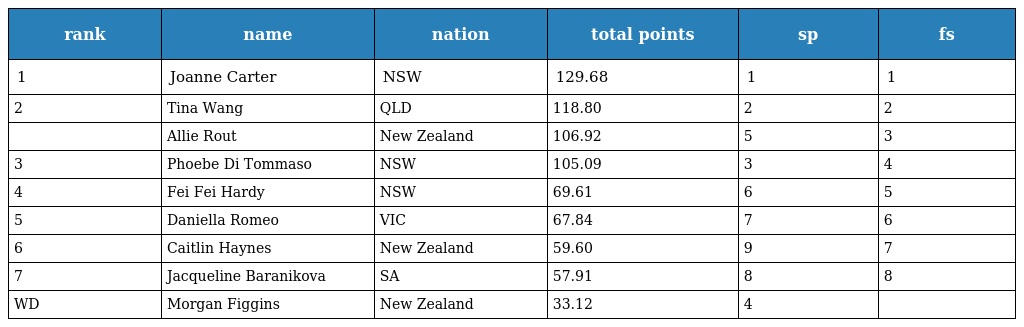
| rank | name | nation | total points | sp | fs |
 | --- | --- | --- | --- | --- | --- |
 | 1 | Joanne Carter | NSW | 129.68 | 1 | 1 |
 | 2 | Tina Wang | QLD | 118.80 | 2 | 2 |
 |  | Allie Rout | New Zealand | 106.92 | 5 | 3 |
 | 3 | Phoebe Di Tommaso | NSW | 105.09 | 3 | 4 |
 | 4 | Fei Fei Hardy | NSW | 69.61 | 6 | 5 |
 | 5 | Daniella Romeo | VIC | 67.84 | 7 | 6 |
 | 6 | Caitlin Haynes | New Zealand | 59.60 | 9 | 7 |
 | 7 | Jacqueline Baranikova | SA | 57.91 | 8 | 8 |
 | WD | Morgan Figgins | New Zealand | 33.12 | 4 |  |